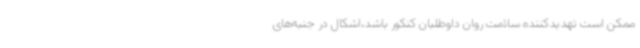
ممکن است تهدیدکننده سلامت روان داوطلبان کنکور باشد،اشکال در جنبه‌های